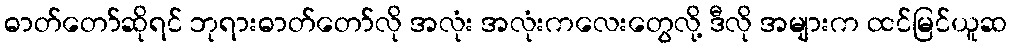
ဓာတ်တော်ဆိုရင် ဘုရားဓာတ်တော်လို အလုံး အလုံးကလေးတွေလို့ ဒီလို အများက ထင်မြင်ယူဆ